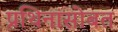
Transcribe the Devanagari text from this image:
प्रथिनांसोबत